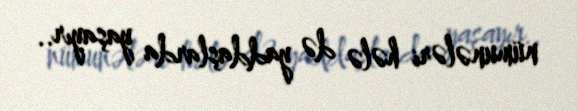
nümunələri hələ də yaddaşlarda yaşayır..